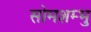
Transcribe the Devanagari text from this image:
सोमशम्भु